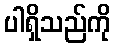
ပါရှိသည်ကို